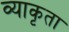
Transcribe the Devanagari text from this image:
व्याकृता